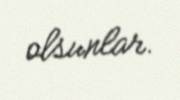
olsunlar.